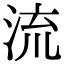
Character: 流